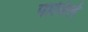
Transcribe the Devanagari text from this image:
पाविले